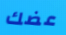
عضك